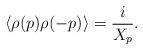
LaTeX: \begin{align*}\left \langle \rho( p) \rho(-p)\right \rangle &= \frac{i}{X_p}.\end{align*}